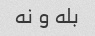
بله و نه